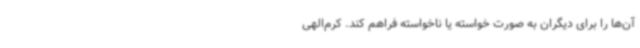
آن‌ها را برای دیگران به صورت خواسته یا ناخواسته فراهم کند. کرم‌الهی